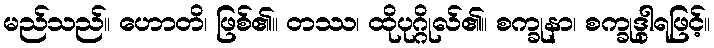
မည်သည်။ ဟောတိ၊ ဖြစ်၏။ တဿ၊ ထိုပုဂ္ဂိုလ်၏။ စက္ခုနာ၊ စက္ခုဒွါရဖြင့်။